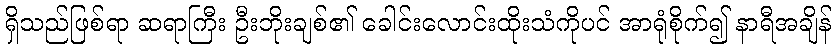
ရှိသည်ဖြစ်ရာ ဆရာကြီး ဦးဘိုးချစ်၏ ခေါင်းလောင်းထိုးသံကိုပင် အာရုံစိုက်၍ နာရီအချိန်